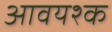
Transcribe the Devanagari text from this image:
आवयश्क